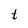
Character: t